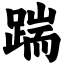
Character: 踹